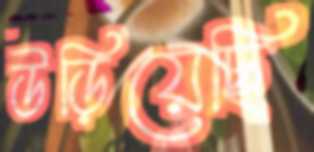
উড়িয়েছি